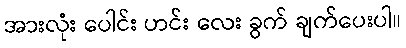
အားလုံး ပေါင်း ဟင်း လေး ခွက် ချက်ပေးပါ။